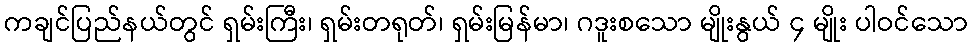
ကချင်ပြည်နယ်တွင် ရှမ်းကြီး၊ ရှမ်းတရုတ်၊ ရှမ်းမြန်မာ၊ ဂဒူးစသော မျိုးနွယ် ၄ မျိုး ပါဝင်သော